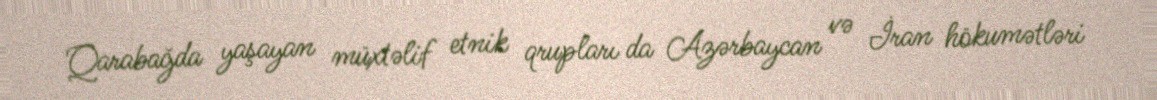
Qarabağda yaşayan müxtəlif etnik qrupları da Azərbaycan və İran hökumətləri